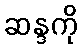
ဆန္ဒကို